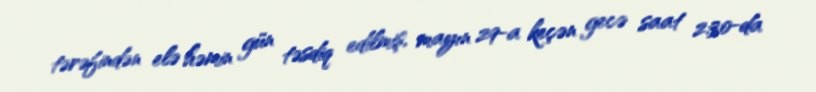
tərəfindən elə həmin gün təsdiq edilmiş, mayın 29-a keçən gecə saat 2:30-da